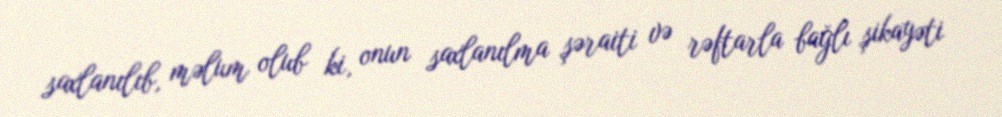
saxlanılıb, məlum olub ki, onun saxlanılma şəraiti və rəftarla bağlı şikayəti